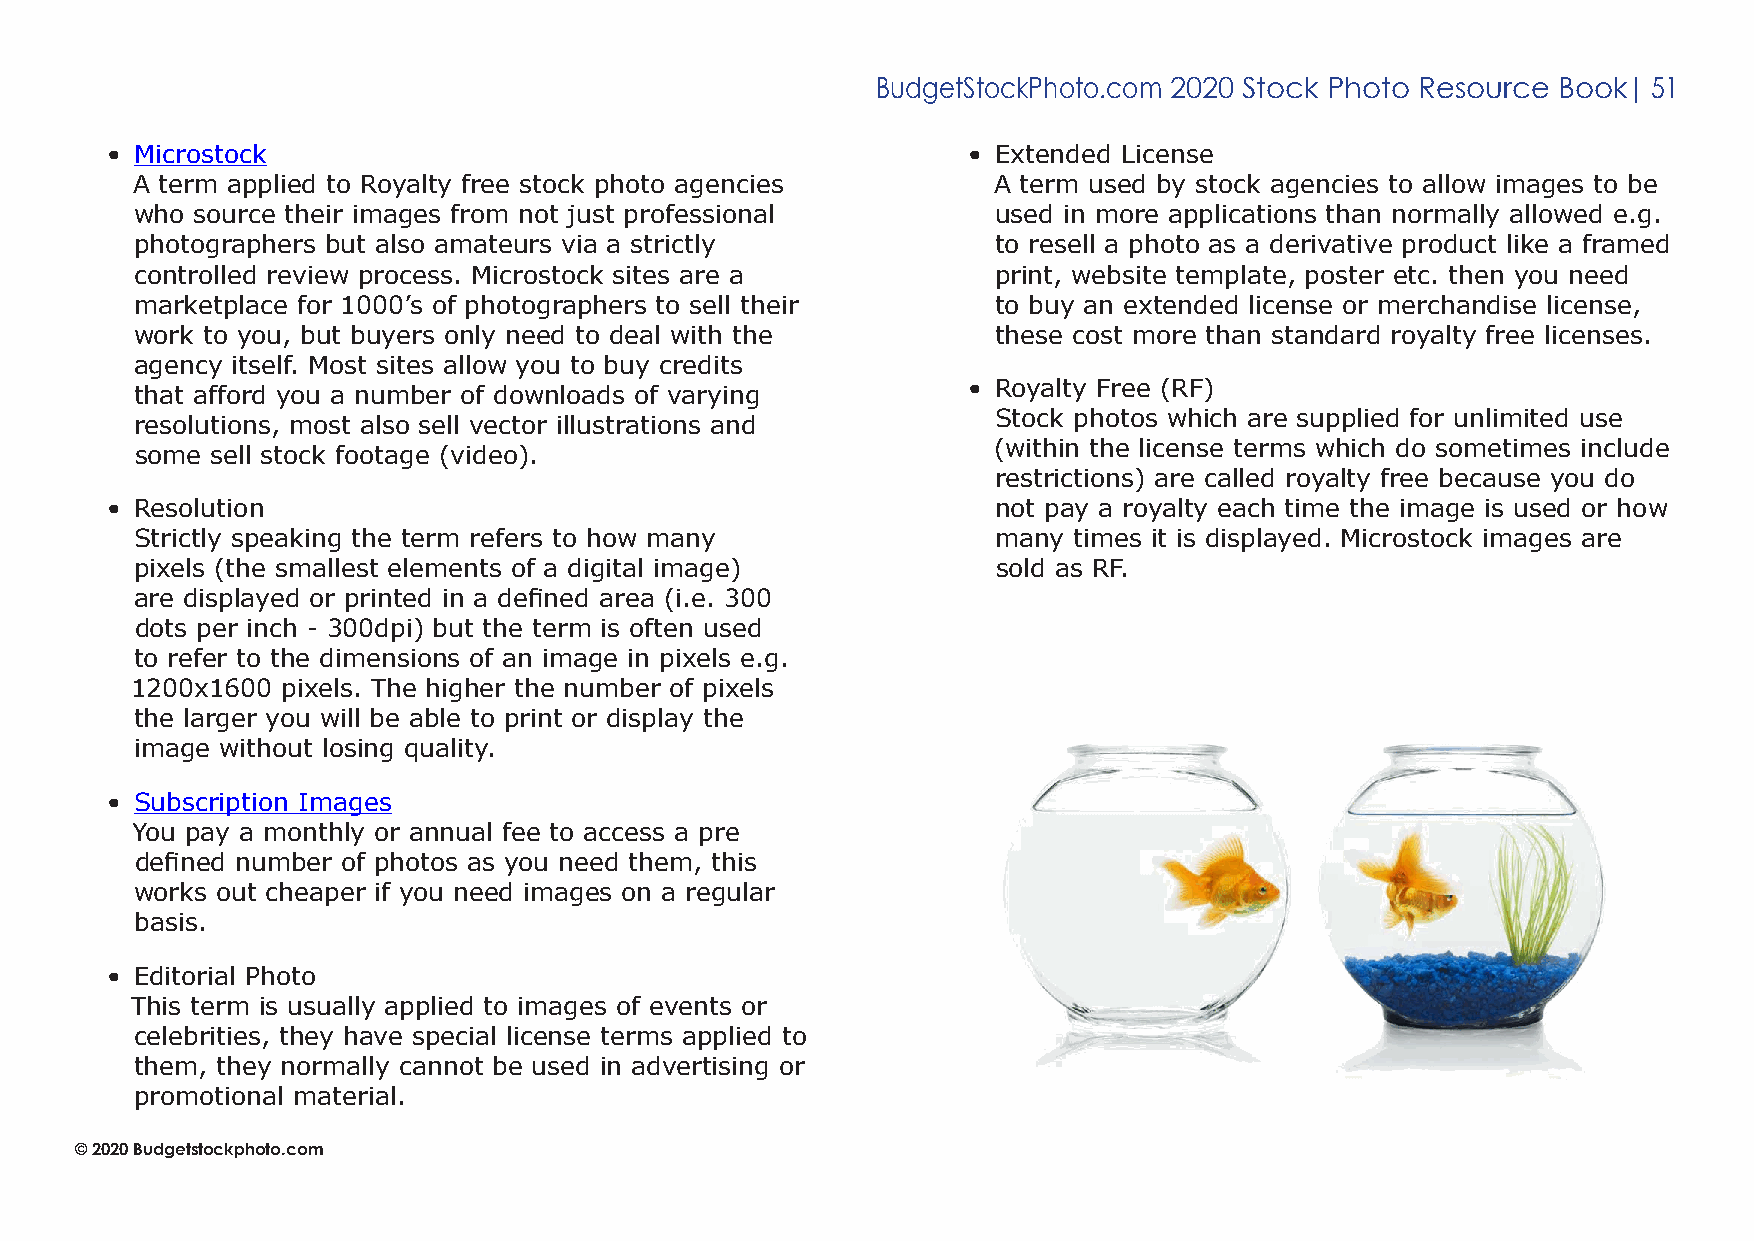
BudgetStockPhoto.com 2020 Stock Photo Resource Book| 51
 • Microstock                                             • Extended License
 A term applied to Royalty free stock photo agencies      A term used by stock agencies to allow images to be
 who source their images from not just professional       used in more applications than normally allowed e.g.
 photographers but also amateurs via a strictly           to resell a photo as a derivative product like a framed
 controlled review process. Microstock sites are a        print, website template, poster etc. then you need
 marketplace for 1000’s of photographers to sell their    to buy an extended license or merchandise license,
 work to you, but buyers only need to deal with the       these cost more than standard royalty free licenses.
 agency itself. Most sites allow you to buy credits
 • Royalty Free (RF)
 that afford you a number of downloads of varying
 Stock photos which are supplied for unlimited use
 resolutions, most also sell vector illustrations and
 (within the license terms which do sometimes include
 some sell stock footage (video).
 restrictions) are called royalty free because you do
 • Resolution                                               not pay a royalty each time the image is used or how
 Strictly speaking the term refers to how many            many times it is displayed. Microstock images are
 pixels (the smallest elements of a digital image)        sold as RF.
 are displayed or printed in a defined area (i.e. 300
 dots per inch - 300dpi) but the term is often used
 to refer to the dimensions of an image in pixels e.g.
 1200x1600 pixels. The higher the number of pixels
 the larger you will be able to print or display the
 image without losing quality.
 • Subscription Images
 You pay a monthly or annual fee to access a pre
 defined number of photos as you need them, this
 works out cheaper if you need images on a regular
 basis.
 • Editorial Photo
 This term is usually applied to images of events or
 celebrities, they have special license terms applied to
 them, they normally cannot be used in advertising or
 promotional material.
 © 2020 Budgetstockphoto.com